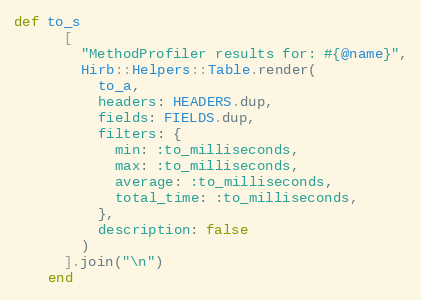
Language: Ruby
def to_s
      [
        "MethodProfiler results for: #{@name}",
        Hirb::Helpers::Table.render(
          to_a,
          headers: HEADERS.dup,
          fields: FIELDS.dup,
          filters: {
            min: :to_milliseconds,
            max: :to_milliseconds,
            average: :to_milliseconds,
            total_time: :to_milliseconds,
          },
          description: false
        )
      ].join("\n")
    end